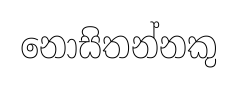
නොසිතන්නකු